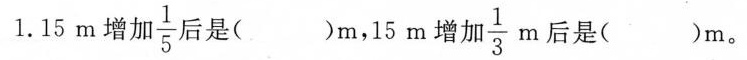
1.15m增加\frac{1}{5}后是( )m，15m增 加 \frac{1}{3}m 后是( )m。